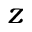
z